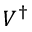
V ^ { \dagger }